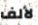
لألف